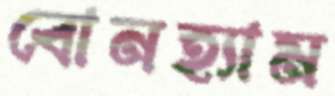
বোনহ্যাম